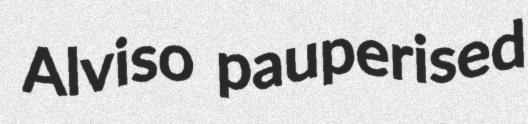
Alviso pauperised